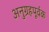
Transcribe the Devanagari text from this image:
अनुग्रहपूर्वक